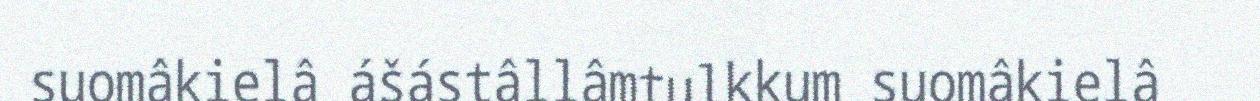
suomâkielâ ášástâllâmtulkkum suomâkielâ